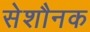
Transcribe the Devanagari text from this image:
सेशौनक